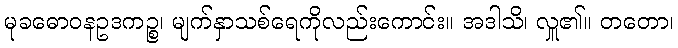
မုခဓောဝနဥဒကဉ္စ၊ မျက်နှာသစ်ရေကိုလည်းကောင်း။ အဒါသိ၊ လှူ၏။ တတော၊